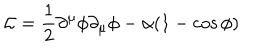
LaTeX: { \cal L } = \frac { 1 } { 2 } \partial ^ { \mu } \phi \partial _ { \mu } \phi - \alpha ( 1 - \cos \phi )